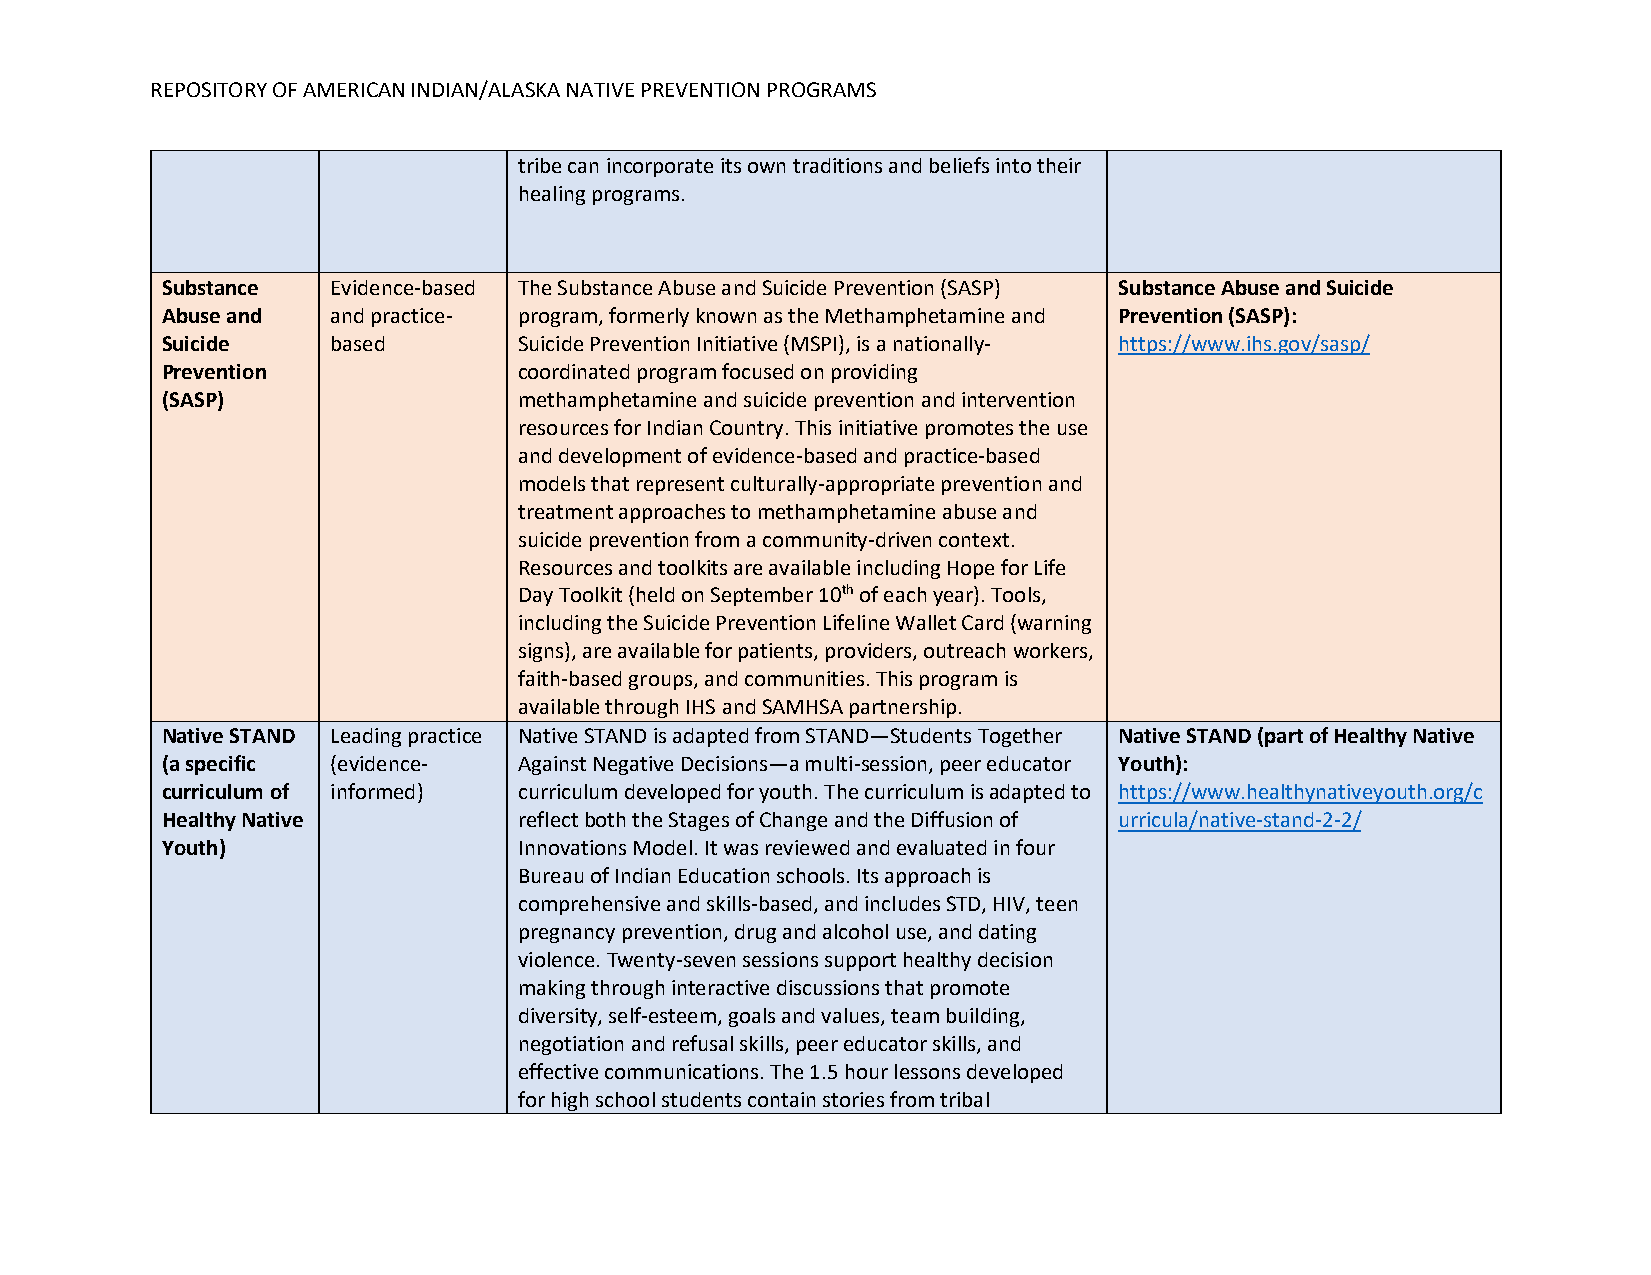
REPOSITORY OF AMERICAN INDIAN/ALASKA NATIVE PREVENTION PROGRAMS
 tribe can incorporate its own traditions and beliefs into their
 healing programs.
 Substance  Evidence-based The Substance Abuse and Suicide Prevention (SASP) Substance Abuse and Suicide
 Abuse and  and practice- program, formerly known as the Methamphetamine and Prevention (SASP):
 Suicide    based       Suicide Prevention Initiative (MSPI), is a nationally- https://www.ihs.gov/sasp/
 Prevention             coordinated program focused on providing
 (SASP)                 methamphetamine and suicide prevention and intervention
 resources for Indian Country. This initiative promotes the use
 and development of evidence-based and practice-based
 models that represent culturally-appropriate prevention and
 treatment approaches to methamphetamine abuse and
 suicide prevention from a community-driven context.
 Resources and toolkits are available including Hope for Life
 Day Toolkit (held on September 10th of each year). Tools,
 including the Suicide Prevention Lifeline Wallet Card (warning
 signs), are available for patients, providers, outreach workers,
 faith-based groups, and communities. This program is
 available through IHS and SAMHSA partnership.
 Native STAND Leading practice Native STAND is adapted from STAND—Students Together Native STAND (part of Healthy Native
 (a specific (evidence- Against Negative Decisions—a multi-session, peer educator Youth):
 curriculum of informed) curriculum developed for youth. The curriculum is adapted to https://www.healthynativeyouth.org/c
 Healthy Native         reflect both the Stages of Change and the Diffusion of urricula/native-stand-2-2/
 Youth)                 Innovations Model. It was reviewed and evaluated in four
 Bureau of Indian Education schools. Its approach is
 comprehensive and skills-based, and includes STD, HIV, teen
 pregnancy prevention, drug and alcohol use, and dating
 violence. Twenty-seven sessions support healthy decision
 making through interactive discussions that promote
 diversity, self-esteem, goals and values, team building,
 negotiation and refusal skills, peer educator skills, and
 effective communications. The 1.5 hour lessons developed
 for high school students contain stories from tribal